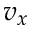
v _ { x }